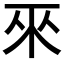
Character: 𱍕